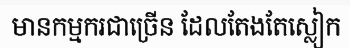
មានកម្មករជាច្រើន ដែលតែងតែស្លៀក